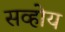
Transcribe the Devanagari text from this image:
सव्होय